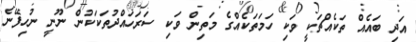
އަދި ބައެއް ތަކެއްޗަކީ ވަކި ހަމަތަކެއްގެ މަތިން ވަކި ސަރަހައްދުތަކަކުން ނޫނީ ނުހިފޭނެ